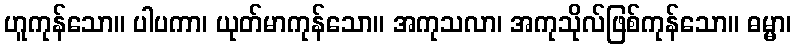
ဟူကုန်သော။ ပါပကာ၊ ယုတ်မာကုန်သော။ အကုသလာ၊ အကုသိုလ်ဖြစ်ကုန်သော။ ဓမ္မာ၊